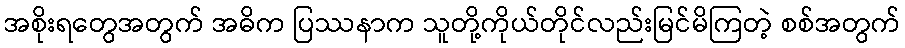
အစိုးရတွေအတွက် အဓိက ပြဿနာက သူတို့ကိုယ်တိုင်လည်းမြင်မိကြတဲ့ စစ်အတွက်